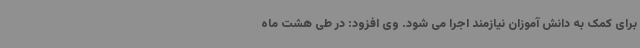
برای کمک به دانش آموزان نیازمند اجرا می شود. وی افزود: در طی هشت ماه